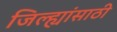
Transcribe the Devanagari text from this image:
जिल्ह्यांसाठी